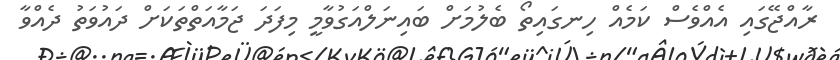
ރާއްޖޭގައި އެއްވެސް ކަމެއް ހިނގައިތޯ ބެލުމަށް ބައިނަލްއަގުވާމީ މިފަދަ ޖަމާއަތްތަކަށް ދައުވަތު ދެއްވާ